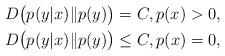
LaTeX: \begin{align*} D\bigl(p(y|x)\|p(y)\bigr)&=C,p(x)>0,\\ D\bigl(p(y|x)\|p(y)\bigr)&\le C,p(x)=0,\end{align*}